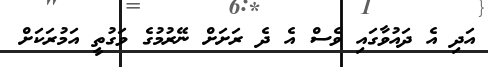
އަދި އެ ދައުވާގައި ވެސް އެ ދެ ރަށަށް ނޭރުމުގެ ވަގުތީ އަމުރަކަށް